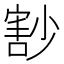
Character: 𡮞